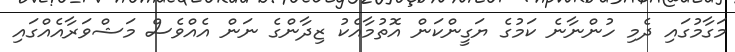
މަގާމުގައި ދެމި ހުންނާނެ ކަމުގެ ޔަގީންކަން އޮތުމާއެކު ޒިދާންގެ ނަން އެއްވެސް މަޝްވަރާއެއްގައި